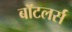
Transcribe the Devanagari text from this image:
बॉटलर्स